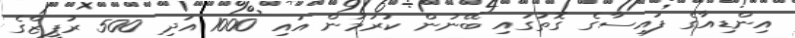
އިންޑިއާގެ ފައިސާގެ ގޮތުގައި ބޭނުން ކުރަމުން އައި 1000 އަދި 500 ރުޕީޒްގެ